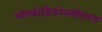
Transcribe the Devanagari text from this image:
मोरफोडिफरेनसीएशन